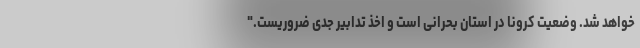
خواهد شد. وضعیت کرونا در استان بحرانی است و اخذ تدابیر جدی ضروریست."